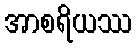
အာစရိယဿ